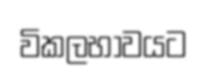
විකලභාවයට